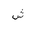
Letter: _shin